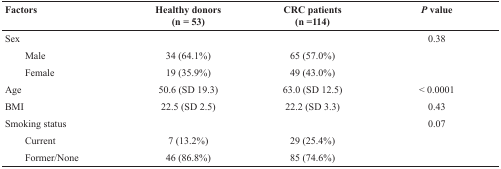
<table><thead><tr><td><b>Factors</b></td><td><b>Healthy donors (n = 53)</b></td><td><b>CRC patients (n =114)</b></td><td><b>P value</b></td></tr></thead><tbody><tr><td>Sex</td><td></td><td></td><td>0.38</td></tr><tr><td>Male</td><td>34 (64.1%)</td><td>65 (57.0%)</td><td></td></tr><tr><td>Female</td><td>19 (35.9%)</td><td>49 (43.0%)</td><td></td></tr><tr><td>Age</td><td>50.6 (SD 19.3)</td><td>63.0 (SD 12.5)</td><td>&lt; 0.0001</td></tr><tr><td>BMI</td><td>22.5 (SD 2.5)</td><td>22.2 (SD 3.3)</td><td>0.43</td></tr><tr><td>Smoking status</td><td></td><td></td><td>0.07</td></tr><tr><td>Current</td><td>7 (13.2%)</td><td>29 (25.4%)</td><td></td></tr><tr><td>Former/None</td><td>46 (86.8%)</td><td>85 (74.6%)</td><td></td></tr></tbody></table>